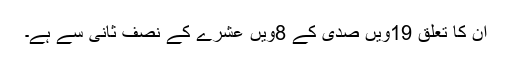
ان کا تعلق 19ویں صدی کے 8ویں عشرے کے نصف ثانی سے ہے۔